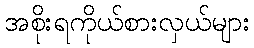
အစိုးရကိုယ်စားလှယ်များ